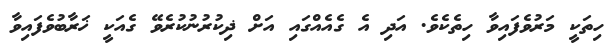
ހިތަކީ މަރުވެފައިވާ ހިތެކެވެ. އަދި އެ ގެއެއްގައި އަށް ޛިކުރުނުކުރެވޭ ގެއަކީ ޚަރާބުވެފައިވާ